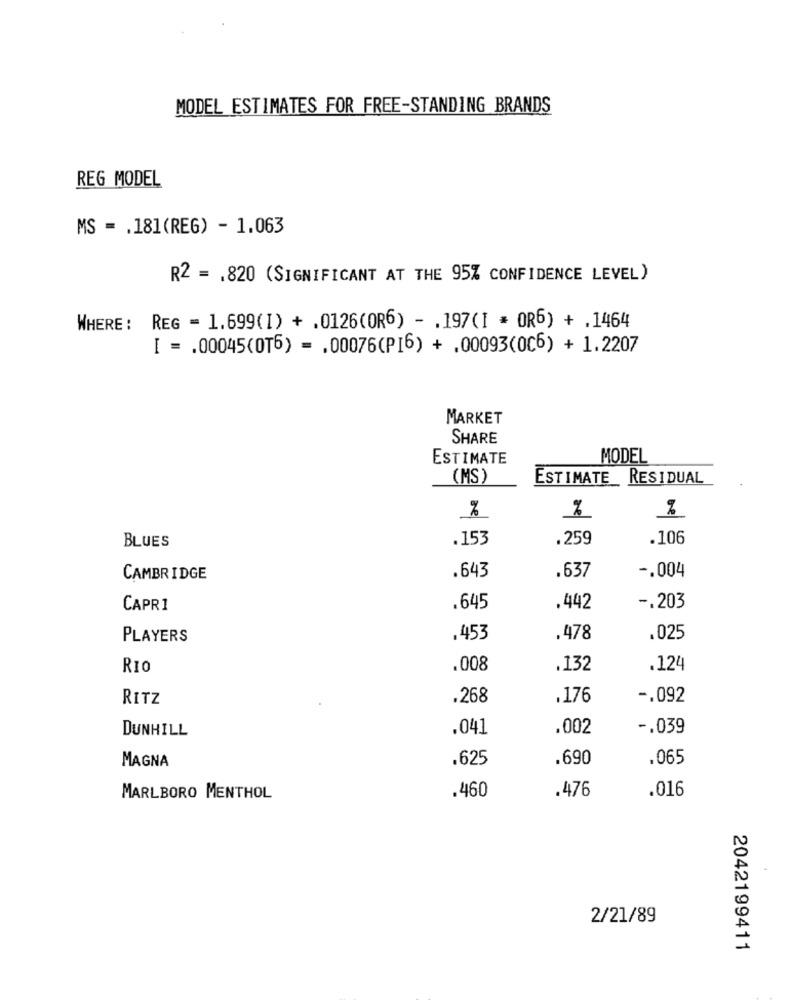
MODEL ESTIMATES FOR FREE-STANDING BRANDS
REG MODEL
MS = . 181(REG) - 1.063
R2 = . 820 (SIGNIFICANT AT THE 95% CONFIDENCE LEVEL)
WHERE :
REG = 1.699(I) + .0126(OR6) - . 197(I * OR6) + .1464
[ = . 00045(OT6) = . 00076(PI6) + .00093(0℃6) + 1.2207
MARKET
SHARE
ESTIMATE
MODEL
(MS)
ESTIMATE RESIDUAL
%
%
.153
.259
.106
BLUES
-. 004
CAMBRIDGE
.643
.637
CAPRI
.645
.442
-. 203
PLAYERS
.453
.478
.025
RIO
.008
.132
.124
RITZ
.268
.176
-. 092
DUNHILL
.041
.002
-. 039
MAGNA
.625
.690
.065
.460
.016
MARLBORO MENTHOL
.476
2/21/89
2042199411